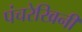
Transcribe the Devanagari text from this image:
पंचरेखिनी